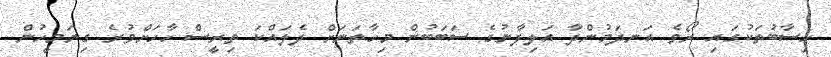
ހިސާބުތަކުގައި ރޯވެ އަނދަމުންދާ އަލިފާނުގެ ސަބަބުން މިހާތަނަށް ދެލައްކަ ތިރީސް ހާހަށްވުރެ ގިނަމީހުން